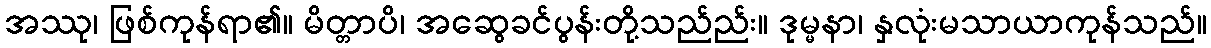
အဿု၊ ဖြစ်ကုန်ရာ၏။ မိတ္တာပိ၊ အဆွေခင်ပွန်းတို့သည်ည်း။ ဒုမ္မနာ၊ နှလုံးမသာယာကုန်သည်။